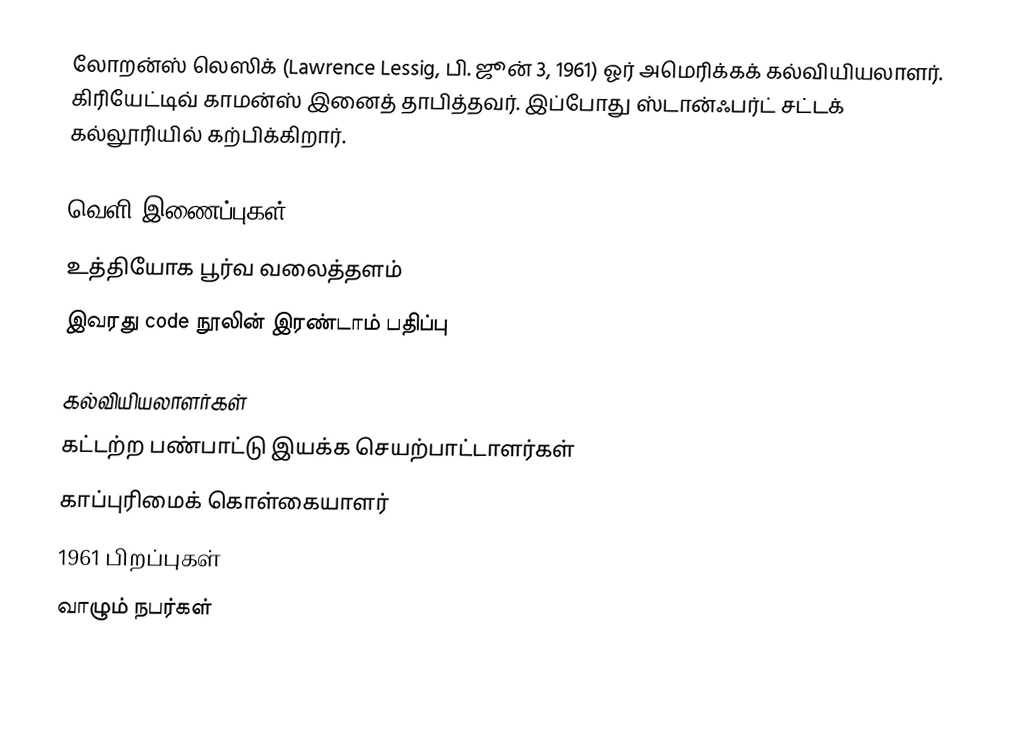
லோறன்ஸ் லெஸிக் (Lawrence Lessig, பி. ஜூன் 3, 1961) ஓர் அமெரிக்கக் கல்வியியலாளர். கிரியேட்டிவ் காமன்ஸ் இனைத் தாபித்தவர். இப்போது ஸ்டான்ஃபர்ட் சட்டக் கல்லூரியில் கற்பிக்கிறார்.

வெளி இணைப்புகள்
 உத்தியோக பூர்வ வலைத்தளம்
 இவரது code நூலின் இரண்டாம் பதிப்பு

கல்வியியலாளர்கள்
கட்டற்ற பண்பாட்டு இயக்க செயற்பாட்டாளர்கள்
காப்புரிமைக் கொள்கையாளர்
1961 பிறப்புகள்
வாழும் நபர்கள்